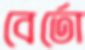
বের্তো